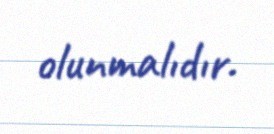
olunmalıdır.